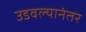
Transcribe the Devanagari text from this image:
उडवल्यानंतर